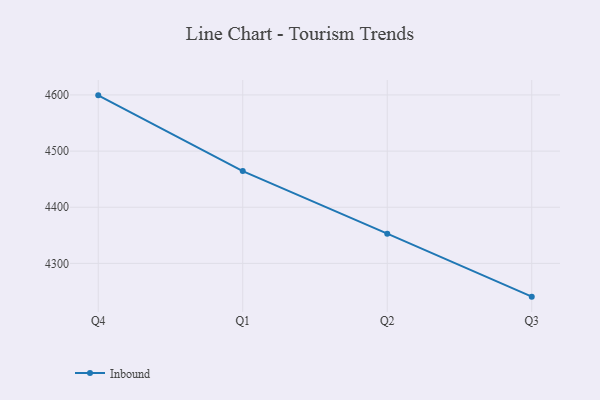
{"axis": {"x": "Quarter", "y": "Waste Production (Tons)"}, "legend": ["Inbound"], "data": [{"x": "Q4", "y": 4599.3, "type": "Inbound"}, {"x": "Q1", "y": 4464.4, "type": "Inbound"}, {"x": "Q2", "y": 4353.0, "type": "Inbound"}, {"x": "Q3", "y": 4240.8, "type": "Inbound"}]}